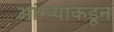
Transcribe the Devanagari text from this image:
आंग्र्‍यांकडून